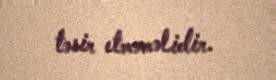
təsir etməməlidir.